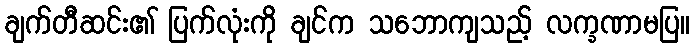
ချက်တီဆင်း၏ ပြက်လုံးကို ချင်က သဘောကျသည့် လက္ခဏာမပြ။